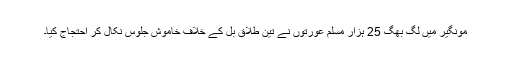
مونگیر میں لگ بھگ 25 ہزار مسلم عورتوں نے تین طلاق بل کے خلاف خاموش جلوس نکال کر احتجاج کیا۔